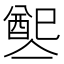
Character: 𨡡